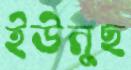
ইউনুছ